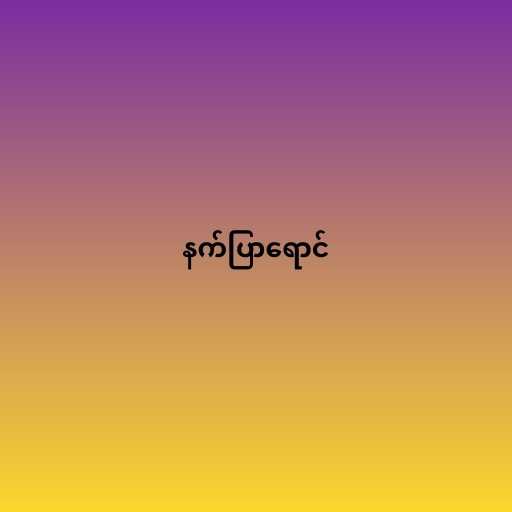
နက်ပြာရောင်